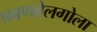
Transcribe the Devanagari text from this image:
श्रवणवेलगोला